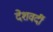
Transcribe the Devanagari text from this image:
देशवर्दी